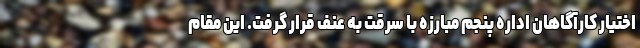
اختیار کارآگاهان اداره پنجم مبارزه با سرقت به عنف قرار گرفت. این مقام